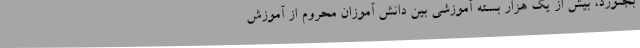
بجنورد، بیش از یک هزار بسته آموزشی بین دانش آموزان محروم از آموزش